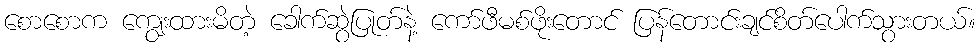
စောစောက ကျွေးထားမိတဲ့ ခေါက်ဆွဲပြုတ်နဲ့ ကော်ဖီမစ်ဖိုးတောင် ပြန်တောင်းချင်စိတ်ပေါက်သွားတယ်။